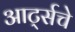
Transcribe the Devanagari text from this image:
आर्ट्सचे